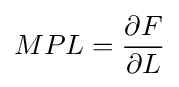
MPL={\frac {\partial F}{\partial L}}